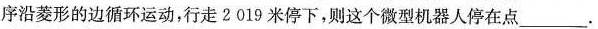
序沿菱形的边循环运动，行走2019米停下，则这个微型机器人停在点____.